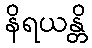
နိရယန္တိ